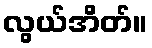
လွယ်အိတ်။